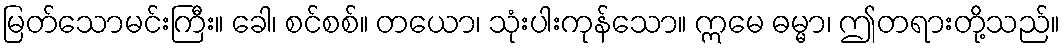
မြတ်သောမင်းကြီး။ ခေါ၊ စင်စစ်။ တယော၊ သုံးပါးကုန်သော။ ဣမေ ဓမ္မာ၊ ဤတရားတို့သည်။